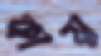
কায়